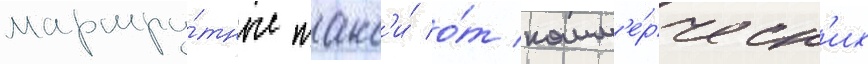
маршру́тные такс'и́ о́т комм'е́рческ'их